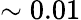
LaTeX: \sim 0.01